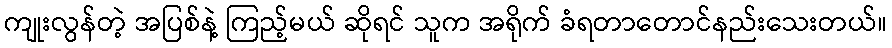
ကျုးလွန်တဲ့ အပြစ်နဲ့ ကြည့်မယ် ဆိုရင် သူက အရိုက် ခံရတာတောင်နည်းသေးတယ်။